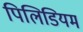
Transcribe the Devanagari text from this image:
पिलिडियम